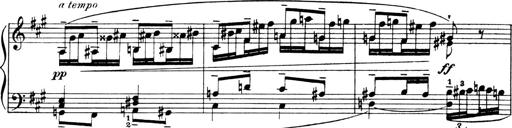
Title: 4 Sonatines
Composer: Max Reger